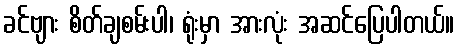
ခင်ဗျား စိတ်ချစမ်းပါ၊ ရုံးမှာ အားလုံး အဆင်ပြေပါတယ်။